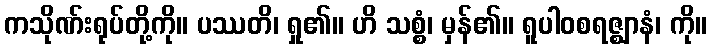
ကသိုဏ်းရုပ်တို့ကို။ ပဿတိ၊ ရှု၏။ ဟိ သစ္စံ၊ မှန်၏။ ရူပါဝစရဇ္ဈာနံ၊ ကို။